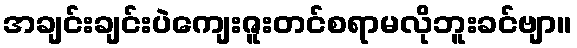
အချင်းချင်းပဲကျေးဇူးတင်စရာမလိုဘူးခင်ဗျာ။